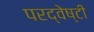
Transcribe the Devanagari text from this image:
परद्वेष्टी